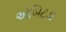
એબિટડા